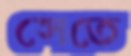
সেতে